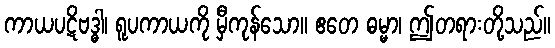
ကာယပဋိဗဒ္ဓါ၊ ရူပကာယကို မှီကုန်သော။ ဧတေ ဓမ္မာ၊ ဤတရားတို့သည်။